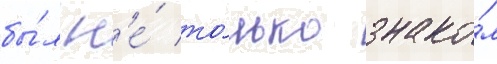
бы́л н'е́ то́лько знако́м